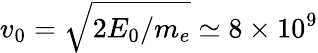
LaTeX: v_{0}=\sqrt{2E_{0}/m_{e}}\simeq 8\times 10^{9}